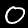
Label: 0